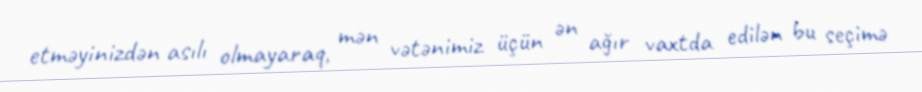
etməyinizdən asılı olmayaraq, mən vətənimiz üçün ən ağır vaxtda edilən bu seçimə